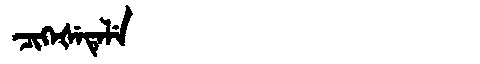
Manchu: ᠴᡳᡴᡝᡧᡝᡨᡝᠯᡝ
Romanization: CIKEŠETELE